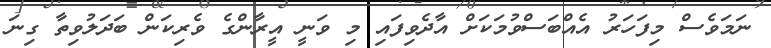
ނަމަވެސް މިފަހަރު އެއްބަސްވުމަކަށް އާދެވިފައި މި ވަނީ އީރާންގެ ވެރިކަން ބަދަލުވިތާ ގިނަ